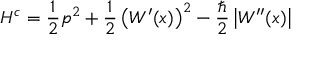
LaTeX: H ^ { c } = \frac { 1 } { 2 } p ^ { 2 } + \frac { 1 } { 2 } \left( W ^ { \prime } ( x ) \right) ^ { 2 } - \frac { \hbar } { 2 } \left| W ^ { \prime \prime } ( x ) \right|